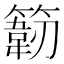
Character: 𰪙